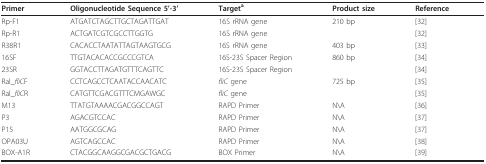
<table><thead><tr><td><b>Primer</b></td><td><b>Oligonucleotide Sequence 5&#x27;-3&#x27;</b></td><td><b>Target<sup>a</sup></b></td><td><b>Product size</b></td><td><b>Reference</b></td></tr></thead><tbody><tr><td>Rp-F1</td><td>ATGATCTAGCTTGCTAGATTGAT</td><td>16S rRNA gene</td><td>210 bp</td><td>[32]</td></tr><tr><td>Rp-R1</td><td>ACTGATCGTCGCCTTGGTG</td><td>16S rRNA gene</td><td></td><td>[32]</td></tr><tr><td>R38R1</td><td>CACACCTAATATTAGTAAGTGCG</td><td>16S rRNA gene</td><td>403 bp</td><td>[33]</td></tr><tr><td>16SF</td><td>TTGTACACACCGCCCGTCA</td><td>16S-23S Spacer Region</td><td>860 bp</td><td>[34]</td></tr><tr><td>23SR</td><td>GGTACCTTAGATGTTTCAGTTC</td><td>16S-23S Spacer Region</td><td></td><td>[34]</td></tr><tr><td>Ral_<i>fliC</i>F</td><td>CCTCAGCCTCAATACCAACATC</td><td><i>fliC </i>gene</td><td>725 bp</td><td>[35]</td></tr><tr><td>Ral_<i>fliC</i>R</td><td>CATGTTCGACGTTTCMGAWGC</td><td><i>fliC </i>gene</td><td></td><td>[35]</td></tr><tr><td>M13</td><td>TTATGTAAAACGACGGCCAGT</td><td>RAPD Primer</td><td>N\A</td><td>[36]</td></tr><tr><td>P3</td><td>AGACGTCCAC</td><td>RAPD Primer</td><td>N\A</td><td>[37]</td></tr><tr><td>P15</td><td>AATGGCGCAG</td><td>RAPD Primer</td><td>N\A</td><td>[37]</td></tr><tr><td>OPA03U</td><td>AGTCAGCCAC</td><td>RAPD Primer</td><td>N\A</td><td>[38]</td></tr><tr><td>BOX-A1R</td><td>CTACGGCAAGGCGACGCTGACG</td><td>BOX Primer</td><td>N\A</td><td>[39]</td></tr></tbody></table>